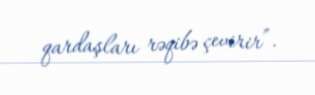
qardaşları rəqibə çevirir”.